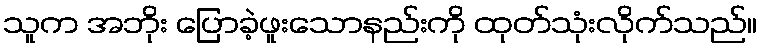
သူက အဘိုး ပြောခဲ့ဖူးသောနည်းကို ထုတ်သုံးလိုက်သည်။